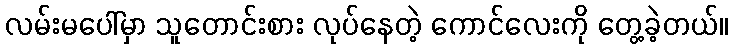
လမ်းမပေါ်မှာ သူတောင်းစား လုပ်နေတဲ့ ကောင်လေးကို တွေ့ခဲ့တယ်။